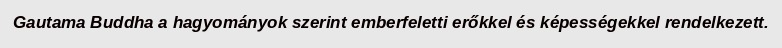
Gautama Buddha a hagyományok szerint emberfeletti erőkkel és képességekkel rendelkezett.